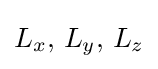
L_{x},\,L_{y},\,L_{z}